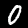
Label: 0